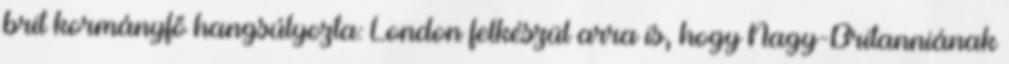
brit kormányfő hangsúlyozta: London felkészül arra is, hogy Nagy-Britanniának